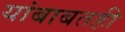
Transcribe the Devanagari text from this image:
यांबाबतही